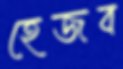
হেজব